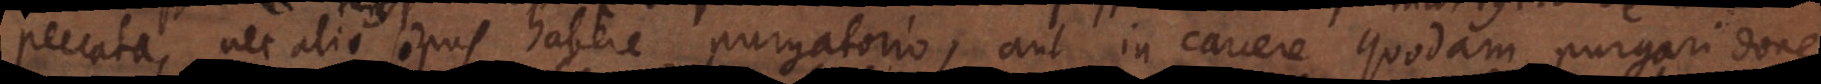
peccata, nec alio opus habere purgatorio, aut in carcere quodam purgari done